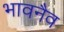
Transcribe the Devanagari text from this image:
भावनैव